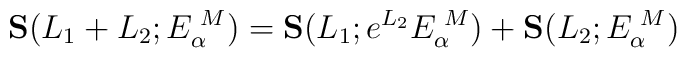
{\bf S}(L_1 + L_2;E_{\alpha}^{\,\, M}) ={\bf S}(L_1; e^{L_2}E_{\alpha}^{\,\, M})+ {\bf S}(L_2; E_{\alpha}^{\,\, M})